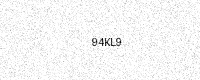
Text: 94KL9